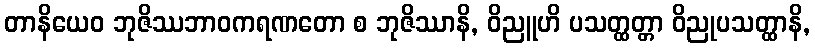
တာနိယေဝ ဘုဇိဿဘာဝကရဏတော စ ဘုဇိဿာနိ, ဝိညူဟိ ပသတ္ထတ္တာ ဝိညုပသတ္ထာနိ,